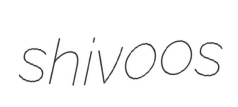
shivoos